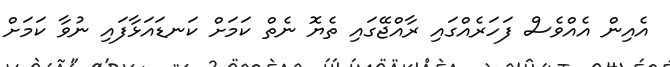
އެއިން އެއްވެސް ފަހަރެއްގައި ރާއްޖޭގައި ތެޔޮ ނެތް ކަމަށް ކަނޑައަޅާފައި ނުވާ ކަމަށް